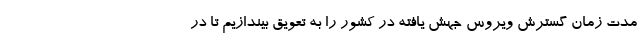
مدت زمان گسترش ویروس جهش یافته در کشور را به تعویق بیندازیم تا در